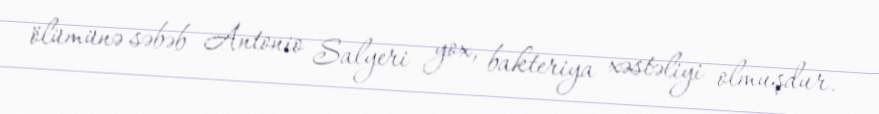
ölümünə səbəb Antonio Salyeri yox, bakteriya xəstəliyi olmuşdur.